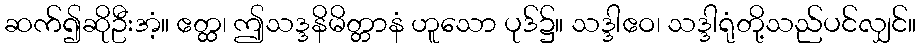
ဆက်၍ဆိုဦးအံ့။ ဧတ္ထ၊ ဤသဒ္ဒနိမိတ္တာနံ ဟူသော ပုဒ်၌။ သဒ္ဒါဧဝ၊ သဒ္ဒါရုံတို့သည်ပင်လျှင်။